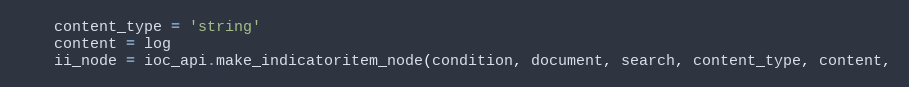
Language: Python
    content_type = 'string'
    content = log
    ii_node = ioc_api.make_indicatoritem_node(condition, document, search, content_type, content,